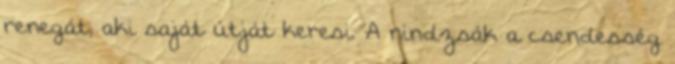
renegát, aki saját útját keresi. A nindzsák a csendesség